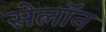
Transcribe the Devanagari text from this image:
सेलॉन